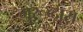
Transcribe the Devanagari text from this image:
गुरूव्‍दारा